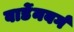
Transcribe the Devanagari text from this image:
वार्डेनबर्ग